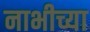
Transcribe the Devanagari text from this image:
नाभीच्या